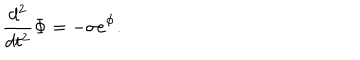
LaTeX: \frac { d ^ { 2 } } { d t ^ { 2 } } \Phi = - \sigma \mathrm { e } ^ { \Phi } .